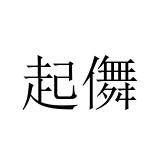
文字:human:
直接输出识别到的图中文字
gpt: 起儛